Indian journal of veterinary science and animal husbandry - Volumes 15-17, 1948-1951
Year: 1948
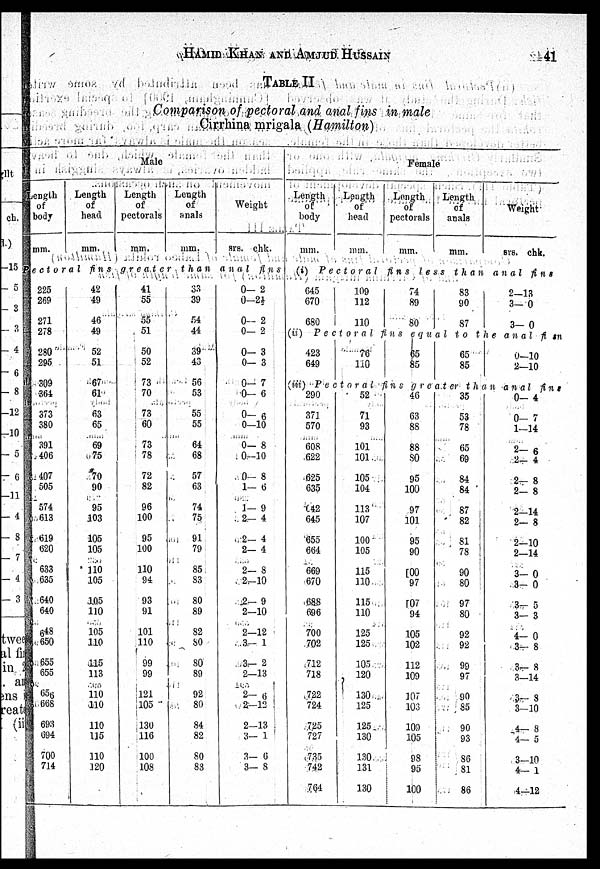
HAMID KHAN AND AMJUD HUSSAIN 41
TABLE II
Comparison of pectoral and anal fins in male
Cirrhina mrigala (Hamilton)
Male
Length
of
body
mm.
Length
of
head
mm.
Length
of
pectorals
mm.
Length
of
anals
mm.
srs. chk.
ectoral
fins
greater
than
anal
fins
225
269
271
278
280
295
309
364
373
380
391
406
407
505
574
613
619
620
633
635
640
640
648
650
655
655
656
668
693
694
700
714
42
49
46
49
52
51
67
61
63
65
69
75
70
90
95
103
105
105
110
105
105
110
105
110
115
113
110
110
110
115
110
120
41
55
55
51
50
52
73
70
73
60
73
78
72
82
96
100
95
100
110
94
93
91
101
110
99
99
121
105
130
116
100
108
33
39
54
44
39
43
56
53
55
55
64
68
57
63
74
75
91
79
85
83
80
89
82
80
80
89
92
80
84
82
80
83
0— 2
0—2½
0— 2
0— 2
0— 3
0— 3
0— 7
0— 6
0— 6
0—10
0— 8
0—10
0— 8
1— 6
1— 9
2— 4
2— 4
2— 4
2— 8
2—10
2— 9
2—10
2—12
3— 1
3— 2
2—13
2— 6
2—12
2—13
3— 1
3— 6
3— 8
Female
Length
of
body
mm.
Length
of
head
mm.
Length
of
pectorals
mm.
Length
of
anals
mm.
Weight
srs. chk.
(i) Pectoral
fins
less
than
anal
fins
645
670
680
109
112
110
74
89
80
83
90
87
2—13
3— 0
3— 0
(ii) Pectoral
fins
equal
to the
anal fi sn
423
649
76
110
65
85
65
85
0—10
2—10
(iii) Pectoral
fins
greater
than
anal
fins
290
371
570
608
622
625
635
642
645
655
664
669
670
688
696
700
702
712
718
722
724
725
727
735
742
764
52
71
93
101
101
105
104
113
107
100
105
115
110
115
110
125
125
105
120
130
125
125
130
130
131
130
46
63
88
88
80
95
100
97
101
95
90
100
97
107
94
105
102
112
109
107
103
109
105
98
95
100
35
53
78
65
69
84
84
87
82
81
78
90
80
97
80
92
92
99
97
90
85
90
93
86
81
86
0— 4
0— 7
1—14
2— 6
2— 4
2— 8
2— 8
2—14
2— 8
2—10
2—14
3— 0
3— 0
3— 5
3— 3
4— 0
3— 8
3— 8
3—14
3— 8
3—10
4— 8
4— 5
3—10
4— 1
4—12